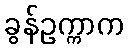
ခွန်ဥက္ကာက